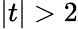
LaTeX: |t|>2